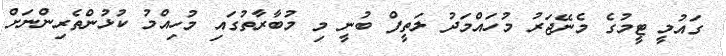
ގައުމީ ޓީމުގެ މެނޭޖަރު މުހައްމަދު ލަތީފް ބުނީ މި މުބާރާތުގައި މުހިއްމު ކުޅުންތެރިންނަށް